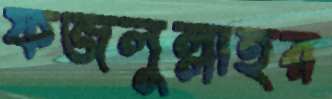
ফজলুল্লাহর